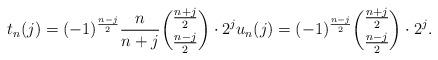
LaTeX: \begin{align*}t_n(j)=(-1)^{\frac{n-j}{2}}\frac{n}{n+j}\binom{\frac{n+j}{2}}{\frac{n-j}{2}}\cdot 2^j u_n(j)=(-1)^{\frac{n-j}{2}}\binom{\frac{n+j}{2}}{\frac{n-j}{2}}\cdot 2^j.\end{align*}